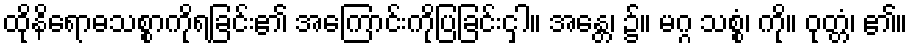
ထိုနိရောဓသစ္စာကိုရခြင်း၏ အကြောင်းကိုပြခြင်းငှါ။ အန္တေ၊ ၌။ မဂ္ဂ သစ္စံ၊ ကို။ ဝုတ္တံ၊ ၏။